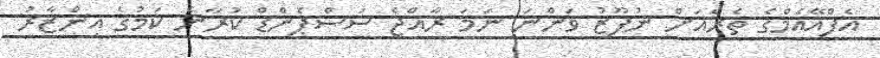
އެފްއޭއެމްގެ ތެރެއަށް ނުފޫޒު ވަންނަ ނަމަ ރާއްޖެ ސަސްޕެންޑް ކުރާނެ ކަމުގެ އިންޒާރު